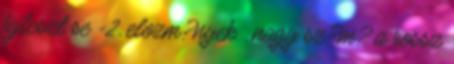
fejleszt se -2. elozm?nyek . nagy sz?m? a rossz